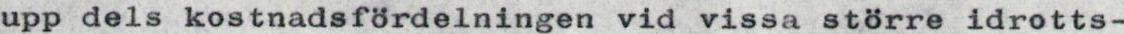
upp dels kostnadsfördelningen vid vissa större idrotts-